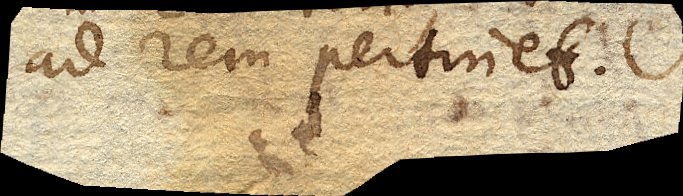
ad rem pertinet.